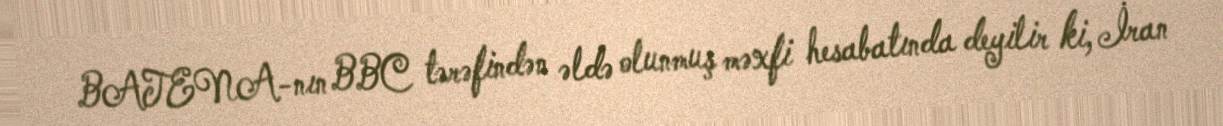
BATENA-nın BBC tərəfindən əldə olunmuş məxfi hesabatında deyilir ki, İran